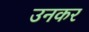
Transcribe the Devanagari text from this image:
उनकर